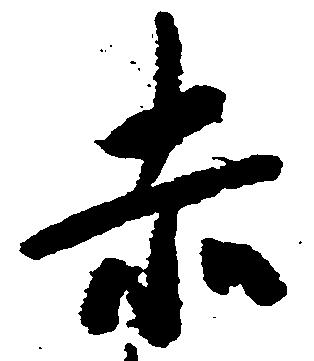
赤